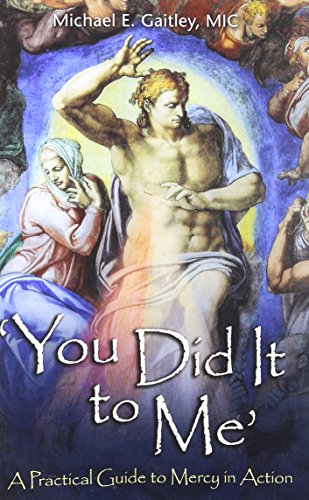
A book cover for You Did It to Me: A Practical Guide to Mercy in Action; Michael E. Gaitley; Christian Books & Bibles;